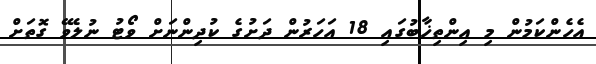
އެހެންކަމުން މި އިންތިޚާބުގައި 18 އަހަރުން ދަށުގެ ކުދިންނަށް ވޯޓު ނުލެވޭ ގޮތަށް